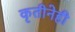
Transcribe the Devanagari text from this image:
कृतीनेही